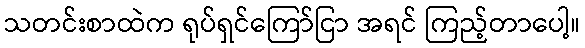
သတင်းစာထဲက ရုပ်ရှင်ကြော်ငြာ အရင် ကြည့်တာပေါ့။